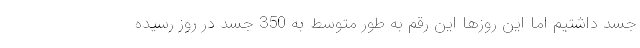
جسد داشتیم اما این روزها این رقم به طور متوسط به 350 جسد در روز رسیده